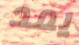
يمد